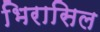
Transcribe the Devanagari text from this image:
भिरासिल